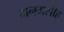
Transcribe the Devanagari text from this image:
मनमसीह